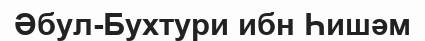
Әбул-Бухтури ибн Һишәм